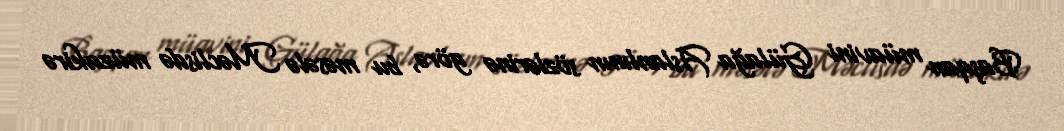
Başqan müavini Gülağa Aslanlının sözlərinə görə, bu məsələ Məclisdə müzakirə